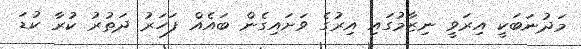
މަދުނަބަކީ އިރަވީ ނިޒާމުގައި އިރުގެ ވަށައިގެން ބައެއް ފަހަރު ދަތުރު ކުރާ ކުޑަ